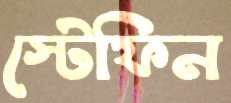
স্টেফিন